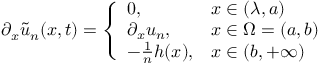
\partial _ { x } \tilde { u } _ { n } ( x , t ) = \left\{ \begin{array} { l l } { 0 , } & { x \in ( \lambda , a ) } \\ { \partial _ { x } u _ { n } , } & { x \in \Omega = ( a , b ) } \\ { - \frac { 1 } { n } h ( x ) , } & { x \in ( b , + \infty ) } \end{array} \right.